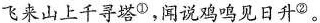
飞来山上千寻塔^{①}，闻说鸡鸣见日升^{②}。